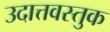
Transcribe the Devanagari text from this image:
उदात्तवस्तुक